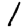
Digit: 1